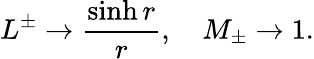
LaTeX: L^{\pm}\rightarrow\frac{\sinh{r}}{r},\quad M_{\pm}\rightarrow 1.